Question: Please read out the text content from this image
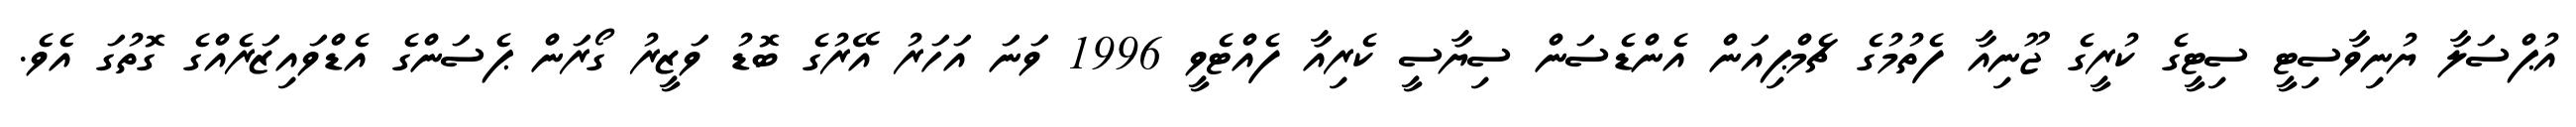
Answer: އުޕްސަލާ ޔުނިވާސިޓީ ސިޓީގެ ކުރީގެ ޖޫނިއާ ފެތުމުގެ ޗެމްޕިއަން އެންޑެސަން ސިޔާސީ ކެރިއާ ފެއްޓެވީ 1996 ވަނަ އަހަރު އޭރުގެ ބޮޑު ވަޒީރު ގޯރަން ޕެސަންގެ އެޑްވައިޒަރެއްގެ ގޮތުގަ އެވެ.